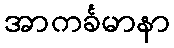
အာကင်္ခမာနာ